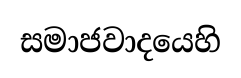
සමාජවාදයෙහි